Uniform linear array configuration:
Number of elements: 32
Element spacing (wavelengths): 1
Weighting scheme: cosine
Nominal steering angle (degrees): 60
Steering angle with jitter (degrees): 60.121
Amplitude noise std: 0.05
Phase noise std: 0.05

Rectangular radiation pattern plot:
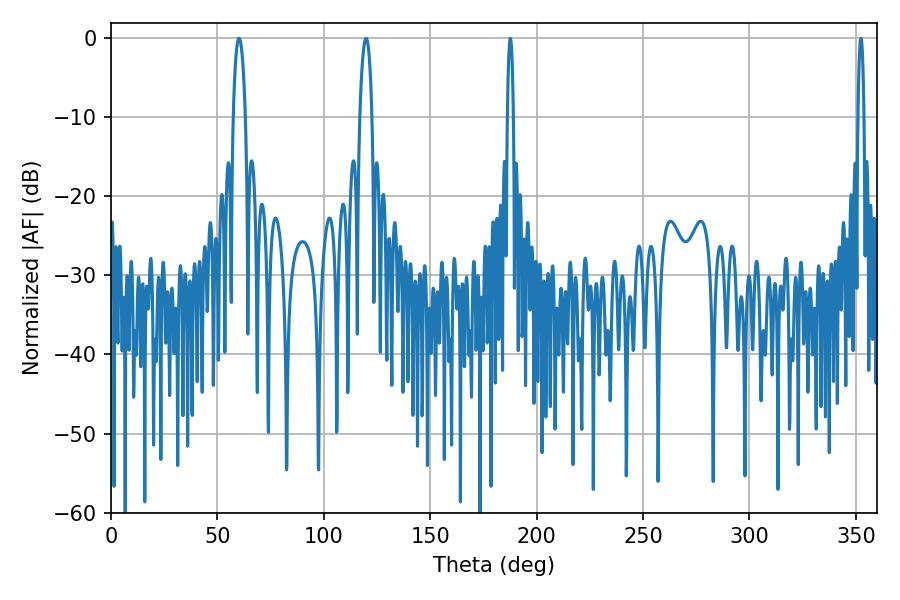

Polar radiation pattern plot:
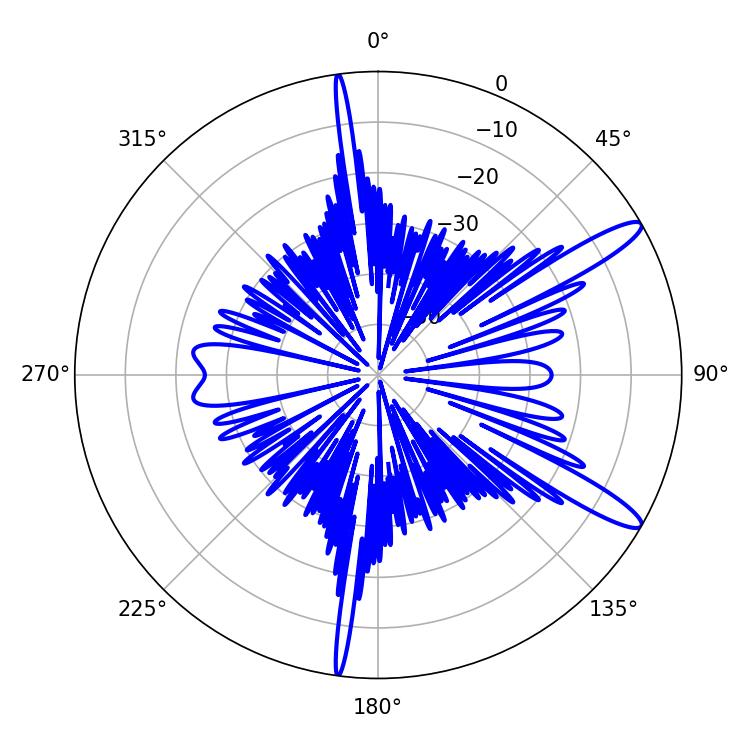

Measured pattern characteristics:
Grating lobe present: TRUE
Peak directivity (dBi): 13.02
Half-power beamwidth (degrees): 3.24
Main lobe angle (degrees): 60.12